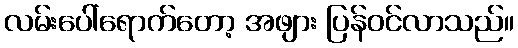
လမ်းပေါ်ရောက်တော့ အဖျား ပြန်ဝင်လာသည်။